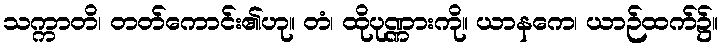
သက္ကာတိ၊ တတ်ကောင်း၏ဟု။ တံ၊ ထိုပုဏ္ဏားကို။ ယာနကေ၊ ယာဉ်ထက်၌။